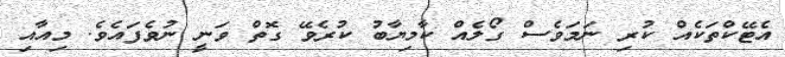
އެޓޭކްތަކެއް ކުރި ނަމަވެސް ގޯލެއް ކާމިޔާބު ކުރެވޭ ގޮތް ވަނީ ނުވެފައެވެ. މިއާއި